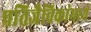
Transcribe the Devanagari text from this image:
प्रतिजैविकांमध्ये